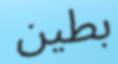
بطين